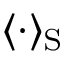
\langle \cdot \rangle _ { \mathrm { S } }